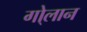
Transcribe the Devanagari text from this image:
गो्लान